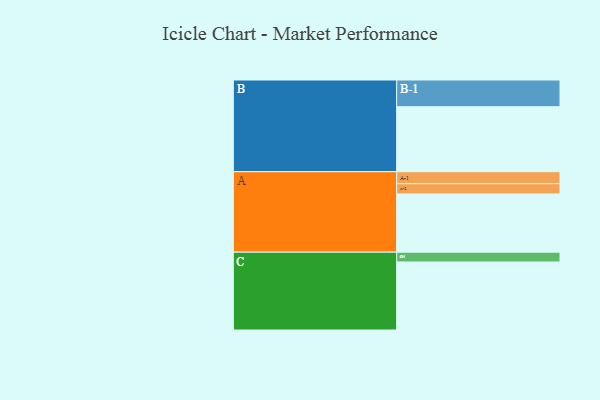
{"axis": {"x": "Segment", "y": "Value"}, "legend": ["", "A", "B", "C"], "data": [{"x": "A", "y": 504, "type": ""}, {"x": "B", "y": 563, "type": ""}, {"x": "C", "y": 589, "type": ""}, {"x": "A-1", "y": 104, "type": "A"}, {"x": "A-2", "y": 89, "type": "A"}, {"x": "B-1", "y": 231, "type": "B"}, {"x": "C-1", "y": 85, "type": "C"}]}